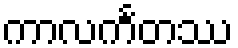
ကာလင်္ကတဿ